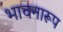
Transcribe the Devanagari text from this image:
भावनारूप